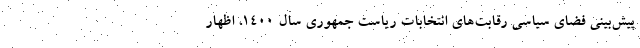
پیش‌بینی فضای سیاسی رقابت‌های انتخابات ریاست جمهوری سال ۱۴۰۰، اظهار